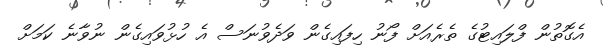
އެގޮތުުން ފްލައިޓުގެ ތެރެއަށް ފޯނު ހިފައިގެން ވަދެވުނަސް އެ ހުޅުވައިގެން ނުވާނެ ކަމަށް